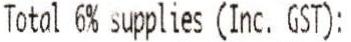
TOTAL 6% SUPPLIES (INC. GST):